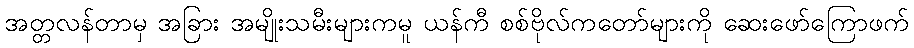
အတ္တလန်တာမှ အခြား အမျိုးသမီးများကမူ ယန်ကီ စစ်ဗိုလ်ကတော်များကို ဆေးဖော်ကြောဖက်